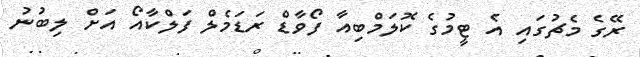
ރޭގެ މެޗުގައި އެ ޓީމުގެ ކޮލަމްބިއާ ފޯވާޑް ރަޑަމެލް ފަލްކާއޯ އަށް ލިބުނު